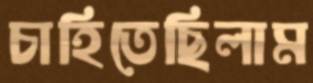
চাহিতেছিলাম